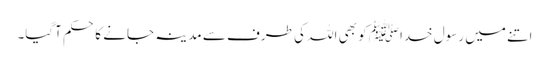
اتنے میں رسول خداﷺ کو بھی اللہ کی طرف سے مدینہ جانے کا حکم آگیا۔